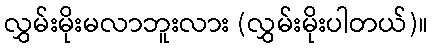
လွှမ်းမိုးမလာဘူးလား (လွှမ်းမိုးပါတယ်)။